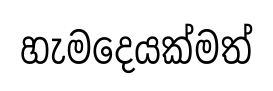
හැමදෙයක්මත්